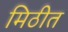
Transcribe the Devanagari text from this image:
मिठीत